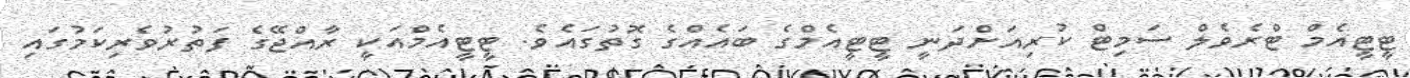
ޓީޓީއެމް ޓްރެވެލް ސަމިޓް ކުރިއަށްދަނީ ޓީޓީއެމްގެ ބައެއްގެ ގޮތުގައެވެ. ޓީޓީއެމްއަކީ ރާއްޖޭގެ ފަތުރުވެރިކަމުގައި